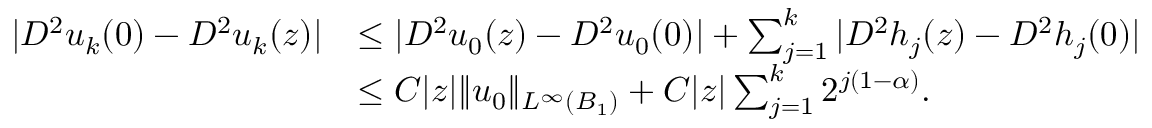
\begin{array} { r l } { | D ^ { 2 } u _ { k } ( 0 ) - D ^ { 2 } u _ { k } ( z ) | } & { \le | D ^ { 2 } u _ { 0 } ( z ) - D ^ { 2 } u _ { 0 } ( 0 ) | + \sum _ { j = 1 } ^ { k } | D ^ { 2 } h _ { j } ( z ) - D ^ { 2 } h _ { j } ( 0 ) | } \\ & { \le C | z | \| u _ { 0 } \| _ { L ^ { \infty } ( B _ { 1 } ) } + C | z | \sum _ { j = 1 } ^ { k } 2 ^ { j ( 1 - \alpha ) } . } \end{array}